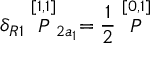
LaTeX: \delta _ { R 1 } \stackrel { [ 1 , 1 ] } { P } _ { 2 a _ { 1 } } = \frac { 1 } { 2 } \stackrel { [ 0 , 1 ] } { \cal P }